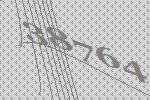
38764